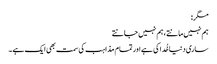
مگر:
ہم نہیں مانتے ، ہم نہیں جانتے
ساری دنیا خُدا کی ہے اور تمام مذاہب کی سمت بھی ایک ہے ۔